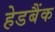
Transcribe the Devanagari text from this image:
हेडबैंक